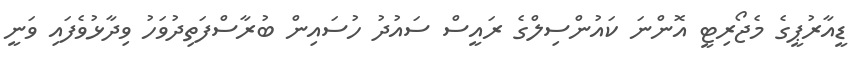
ޑީއާރުޕީގެ މެޖޯރިޓީ އޮންނަ ކައުންސިލްގެ ރައީސް ސައުދު ހުސައިން ބުރާސްފަތިދުވަހު ވިދާޅުވެފައި ވަނީ